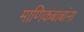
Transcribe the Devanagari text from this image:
माणिकबाबांना